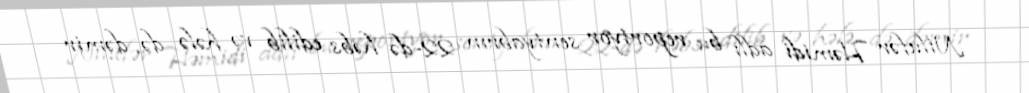
Nilufər Həmidi adlı bu reportyor sentyabrın 22-də həbs edilib və hələ də dəmir